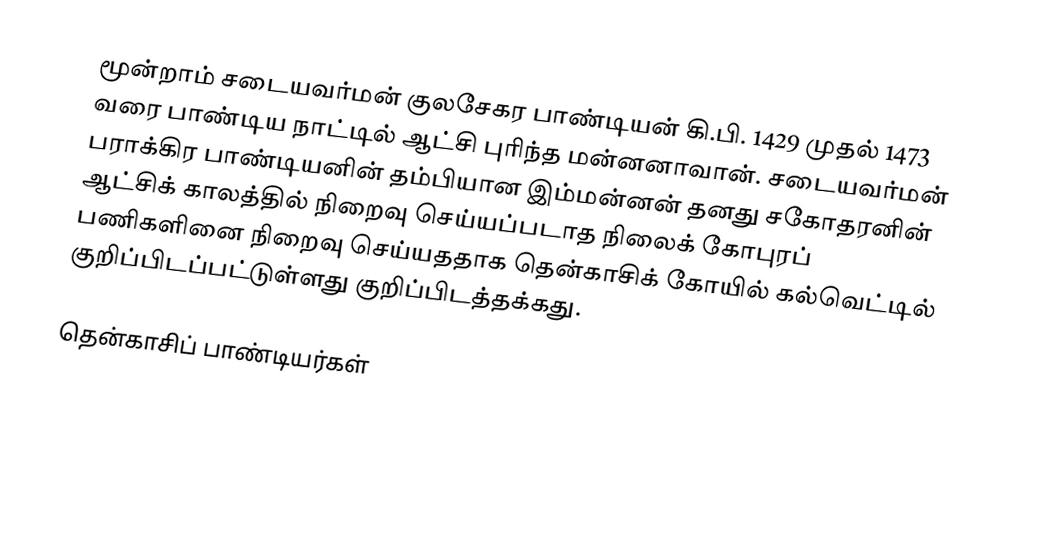
மூன்றாம் சடையவர்மன் குலசேகர பாண்டியன் கி.பி. 1429 முதல் 1473 வரை பாண்டிய நாட்டில் ஆட்சி புரிந்த மன்னனாவான். சடையவர்மன் பராக்கிர பாண்டியனின் தம்பியான இம்மன்னன் தனது சகோதரனின் ஆட்சிக் காலத்தில் நிறைவு செய்யப்படாத நிலைக் கோபுரப் பணிகளினை நிறைவு செய்யததாக தென்காசிக் கோயில் கல்வெட்டில் குறிப்பிடப்பட்டுள்ளது குறிப்பிடத்தக்கது.

தென்காசிப் பாண்டியர்கள்